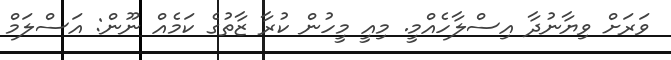
ވަރަށް ވިޔާނުދާ އިސްލާހެއްމީ. މިއީ މީހުން ކުރާ ޒާތުގެ ކަމެއް ނޫން: އަސްލަމް